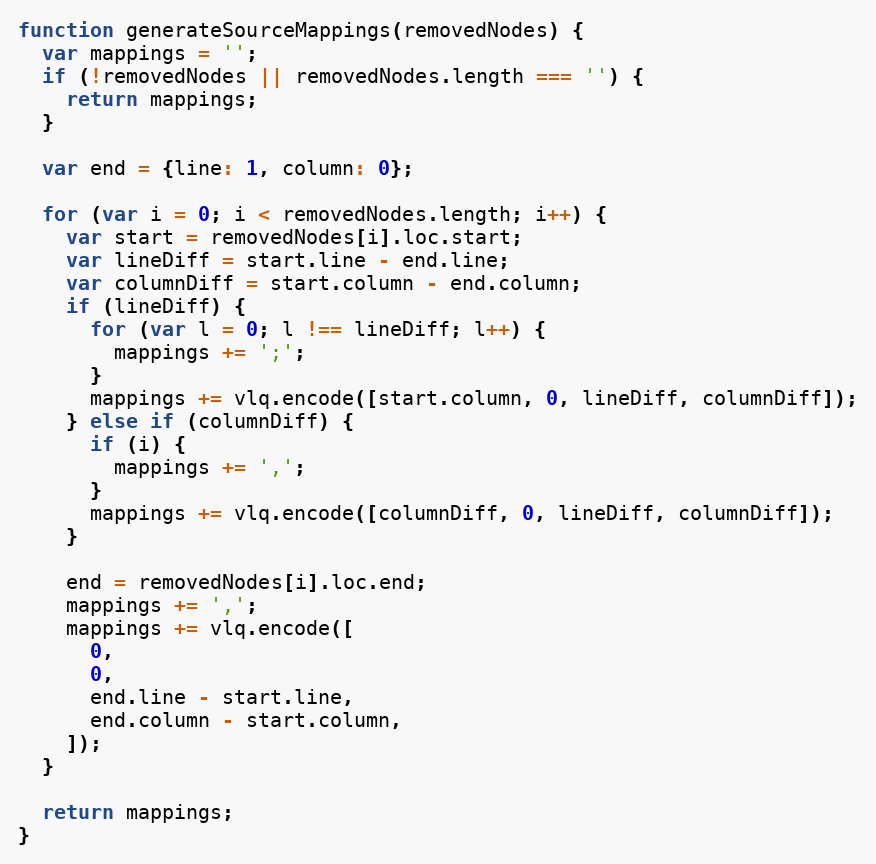
Language: JavaScript
function generateSourceMappings(removedNodes) {
  var mappings = '';
  if (!removedNodes || removedNodes.length === '') {
    return mappings;
  }

  var end = {line: 1, column: 0};

  for (var i = 0; i < removedNodes.length; i++) {
    var start = removedNodes[i].loc.start;
    var lineDiff = start.line - end.line;
    var columnDiff = start.column - end.column;
    if (lineDiff) {
      for (var l = 0; l !== lineDiff; l++) {
        mappings += ';';
      }
      mappings += vlq.encode([start.column, 0, lineDiff, columnDiff]);
    } else if (columnDiff) {
      if (i) {
        mappings += ',';
      }
      mappings += vlq.encode([columnDiff, 0, lineDiff, columnDiff]);
    }

    end = removedNodes[i].loc.end;
    mappings += ',';
    mappings += vlq.encode([
      0,
      0,
      end.line - start.line,
      end.column - start.column,
    ]);
  }

  return mappings;
}